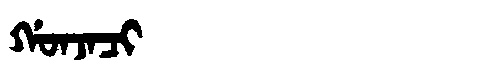
Manchu: ᡤᠣᠨᠵᠠᠴᡳ
Romanization: GONJACI